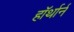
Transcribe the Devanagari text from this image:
हॉर्थार्न